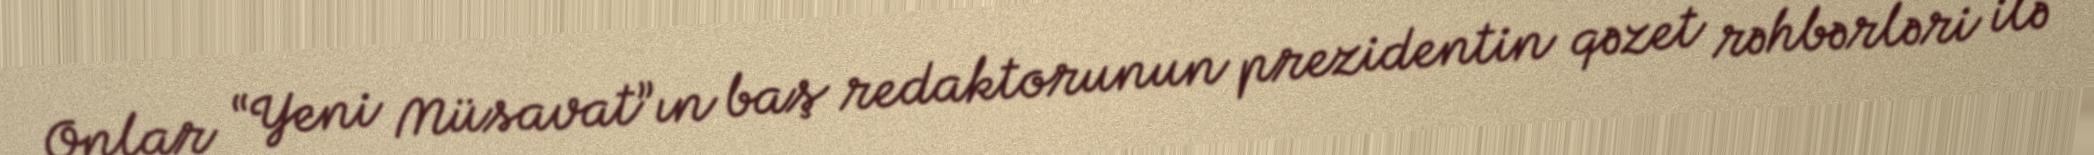
Onlar “Yeni Müsavat”ın baş redaktorunun prezidentin qəzet rəhbərləri ilə